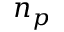
n _ { p }